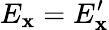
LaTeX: E_{\mathbf{x}}=E_{\mathbf{x}}^{\prime}